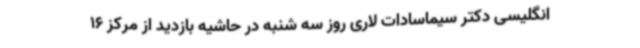
انگلیسی دکتر سیماسادات لاری روز سه شنبه در حاشیه بازدید از مرکز 16